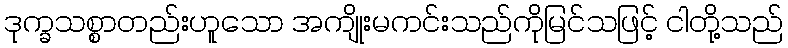
ဒုက္ခသစ္စာတည်းဟူသော အကျိုးမကင်းသည်ကိုမြင်သဖြင့် ငါတို့သည်